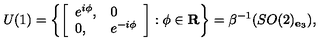
U ( 1 ) = \left\{ \left[ \begin{array} { l l } { e ^ { i \phi } , } & { 0 } \\ { 0 , } & { e ^ { - i \phi } } \\ \end{array} \right] : \phi \in { \bf R } \right\} = \beta ^ { - 1 } ( S O ( 2 ) _ { { \bf e } _ { 3 } } ) ,